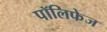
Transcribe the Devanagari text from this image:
पॉलिफेज